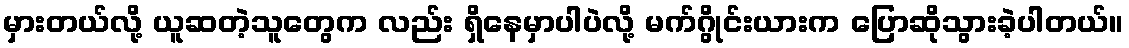
မှားတယ်လို့ ယူဆတဲ့သူတွေက လည်း ရှိနေမှာပါပဲလို့ မက်ဂွိုင်းယားက ပြောဆိုသွားခဲ့ပါတယ်။